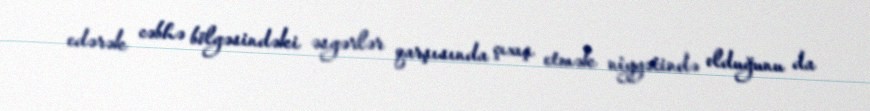
edərək cəbhə bölgəsindəki əsgərlər qarşısında çıxış etmək niyyətində olduğunu da